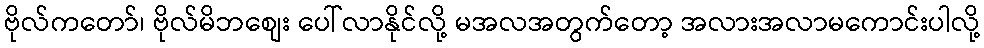
ဗိုလ်ကတော်၊ ဗိုလ်မိဘစျေး ပေါ်လာနိုင်လို့ မအလအတွက်တော့ အလားအလာမကောင်းပါလို့